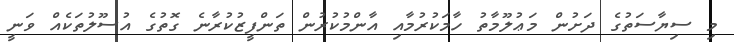
މި ސިޔާސަތުގެ ދަށުން މަޢުލޫމާތު ހާމަކުރުމާއި އާންމުކުރުން ތަންފީޒުކުރާނެ ގޮތުގެ އުސޫލުތަކެއް ވަނީ